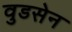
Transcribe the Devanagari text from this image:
वुडसेन